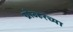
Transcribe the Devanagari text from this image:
ग्रोव्हरच्या